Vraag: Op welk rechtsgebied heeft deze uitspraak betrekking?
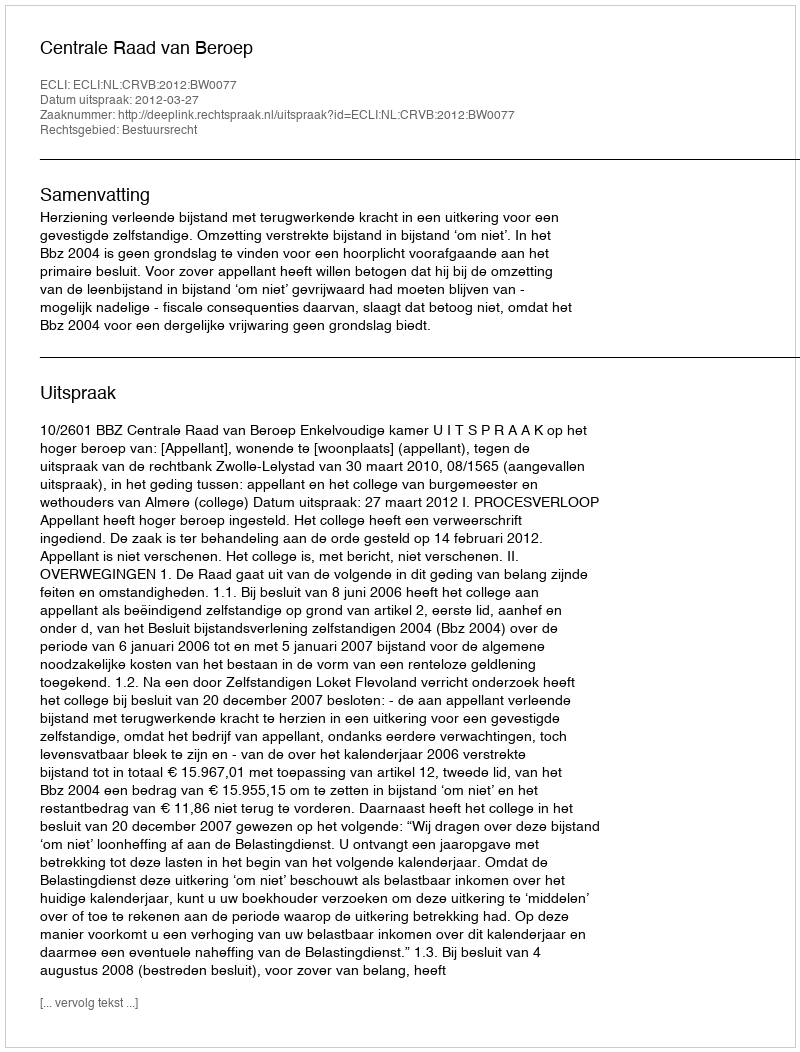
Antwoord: Bestuursrecht